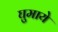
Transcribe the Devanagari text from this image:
घुमाये